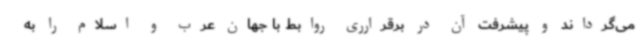
می‌گرداند و پیشرفت آن در برقرارری روابط با جهان عرب و اسلام را به